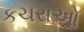
કચરાઓ